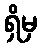
ရှိမှ